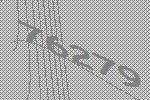
76279